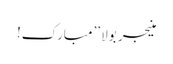
منیجر بولا ’’مبارک!